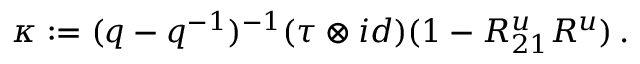
\kappa : = ( q - q ^ { - 1 } ) ^ { - 1 } ( \tau \otimes i d ) ( 1 - R _ { 2 1 } ^ { u } R ^ { u } ) \, .